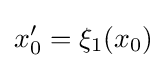
x_{0}^{\prime }=\xi _{1}(x_{0})